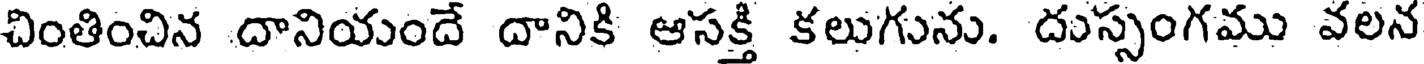
చింతించిన దానియందే దానికి ఆసక్తి కలుగును. దుస్సంగము వలన